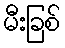
မီးခြစ်